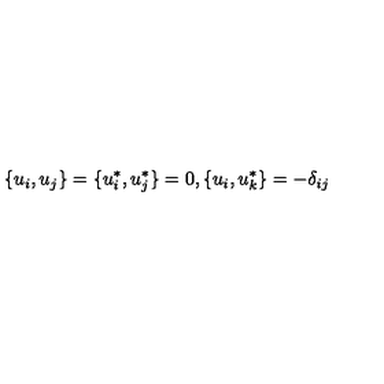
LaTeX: \{ u _ { i } , u _ { j } \} = \{ u _ { i } ^ { * } , u _ { j } ^ { * } \} = 0 , \{ u _ { i } , u _ { k } ^ { * } \} = - \delta _ { i j }